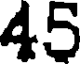
45